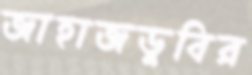
জাহাজডুবির